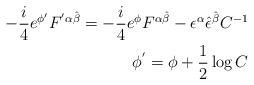
LaTeX: \begin{align*}-\frac{i}{4} e^{\phi'} F^{'\alpha \hat{\beta}} = -\frac{i}{4} e^{\phi} F^{\alpha \hat{\beta}} - \epsilon^{\alpha} {\hat{\epsilon}}^{\hat{\beta}} C^{-1} \\\phi^{'} = \phi + \frac{1}{2} \log C\end{align*}